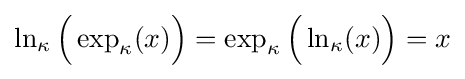
\ln _{\kappa }{\Big (}\exp _{\kappa }(x){\Big )}=\exp _{\kappa }{\Big (}\ln _{\kappa }(x){\Big )}=x